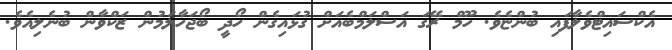
އެކްސައިޓްވެލާފައި ބުންޏެވެ. ހޫމް ރޭގަ އަސްލަމްބެއަށް ގުޅައިގެން ހޯދީ ބޯޖަހާލަމުން ޒަކްވާން ބުނެލިއެވެ.